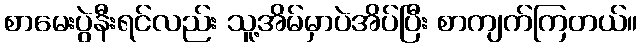
စာမေးပွဲနီးရင်လည်း သူ့အိမ်မှာပဲအိပ်ပြီး စာကျက်ကြတယ်။